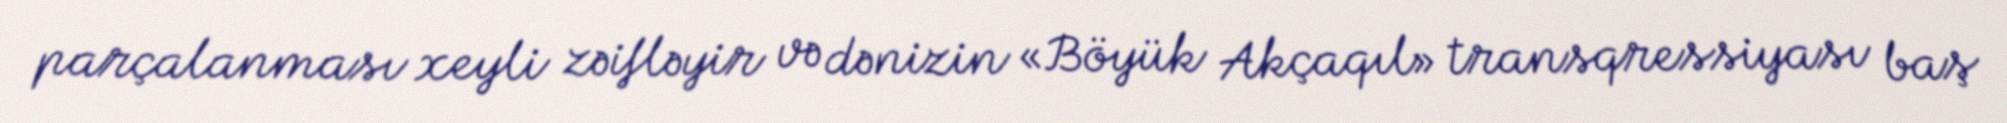
parçalanması xeyli zəifləyir və dənizin «Böyük Akçaqıl» transqressiyası baş